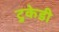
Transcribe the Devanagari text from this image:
टुकेडी